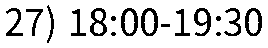
27) 18:00-19:30